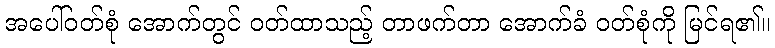
အပေါ်ဝတ်စုံ အောက်တွင် ဝတ်ထာသည့် တာဖက်တာ အောက်ခံ ဝတ်စုံကို မြင်ရ၏။